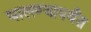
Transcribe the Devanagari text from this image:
घालण्यापर्यंत